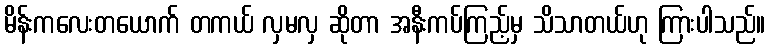
မိန်းကလေးတယောက် တကယ် လှမလှ ဆိုတာ အနီးကပ်ကြည့်မှ သိသာတယ်ဟု ကြားပါသည်။